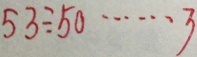
5 3 \div 5 0 \cdots 3